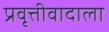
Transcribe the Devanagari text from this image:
प्रवृत्तीवादाला